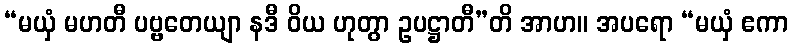
“မယှံ မဟတီ ပဗ္ဗတေယျာ နဒီ ဝိယ ဟုတွာ ဥပဋ္ဌာတီ”တိ အာဟ။ အပရော “မယှံ ဧကာ